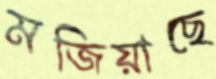
মজিয়াছে